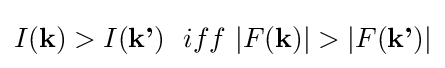
I({\textbf {k}})>I({\textbf {k'}})~~iff~|F({\textbf {k}})|>|F({\textbf {k'}})|